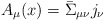
\begin{align*}A_\mu(x) = \bar \Sigma_{\mu \nu} j_\nu\end{align*}